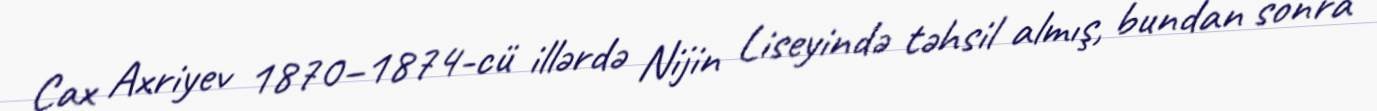
Çax Axriyev 1870–1874-cü illərdə Nijin Liseyində təhsil almış, bundan sonra